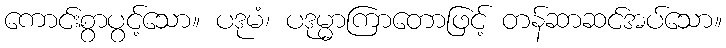
ကောင်းစွာပွင့်သော။ ပဒုမံ၊ ပဒုမ္မာကြာတောဖြင့် တန်ဆာဆင်အပ်သော။